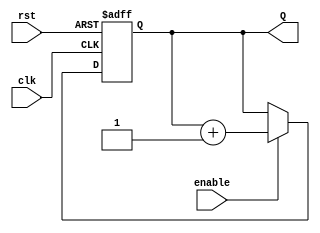
`timescale 1ns / 1ps
//////////////////////////////////////////////////////////////////////////////////
// Company: ITESO
//////////////////////////////////////////////////////////////////////////////////
module Counter_Param # (parameter n = 8) (
	// Inputs
    input clk,
    input rst,
    input enable,
	 
	 // Outputs
    output reg [n-1:0] Q

);

always @(posedge rst, posedge clk) begin

	if (rst)
		Q <= {n{1'b0}};
	else
		if (enable)
			Q <= Q + 1'b1;
		else
			Q <= Q;
end 

endmodule